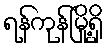
ရန်ကုန်မြို့ရှိ